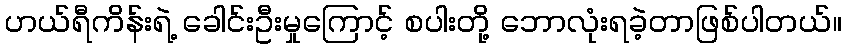
ဟယ်ရီကိန်းရဲ့ ခေါင်းဦးမှုကြောင့် စပါးတို့ ဘောလုံးရခဲ့တာဖြစ်ပါတယ်။